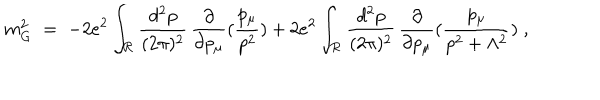
m _ { G } ^ { 2 } \; = \; - 2 e ^ { 2 } \int _ { { \mathcal R } } \frac { d ^ { 2 } p } { ( 2 \pi ) ^ { 2 } } \, \frac { \partial } { \partial p _ { \mu } } ( \frac { p _ { \mu } } { p ^ { 2 } } ) + 2 e ^ { 2 } \int _ { { \mathcal R } } \frac { d ^ { 2 } p } { ( 2 \pi ) ^ { 2 } } \, \frac { \partial } { \partial p _ { \mu } } ( \frac { p _ { \mu } } { p ^ { 2 } + \Lambda ^ { 2 } } ) \; ,